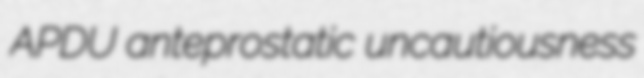
APDU anteprostatic uncautiousness